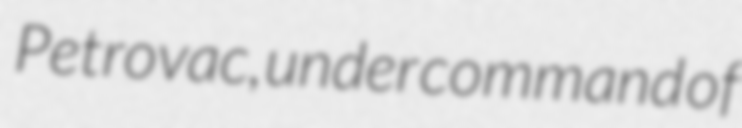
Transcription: Petrovac, under command of